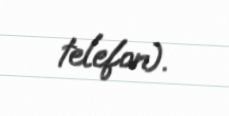
telefon).